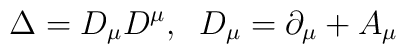
\Delta=D_{\mu}D^{\mu},\;\;D_{\mu}=\partial_{\mu}+A_{\mu}